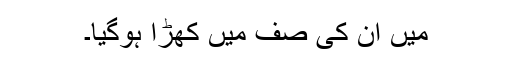
میں اُن کی صف میں کھڑا ہوگیا۔